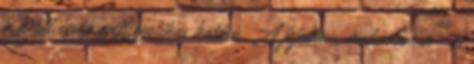
a kerti izsóp antiszeptikus hatású. A jojoba-, makadámia- és